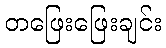
တဖြေးဖြေးချင်း